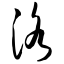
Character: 洛